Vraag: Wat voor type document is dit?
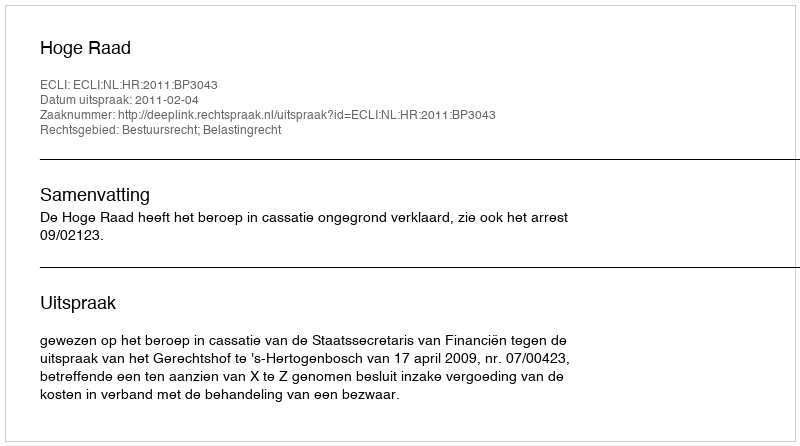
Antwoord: Uitspraak